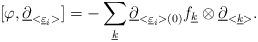
LaTeX: \begin{align*}[\varphi, \underline{\partial}_{<\underline{\varepsilon}_{i}>}]=-\sum_{\underline{k}} \underline{\partial}_{<\underline{\varepsilon}_{i}>(0)} f_{\underline{k}}\otimes \underline{\partial}_{<\underline{k}>}.\end{align*}